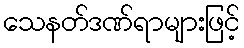
သေနတ်ဒဏ်ရာများဖြင့်